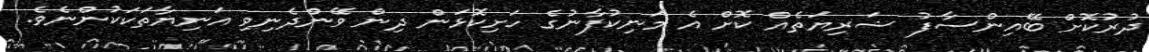
ދުރުކޮށް ބޭއިންސާފު ޝަރިޔަތެއް ކޮށް އެ މަނިކުފާނުގެ ހަށިކޮޅަން ދިން ވޭންދެނިވި އަނިޔާތަކަކުންނެވެ.